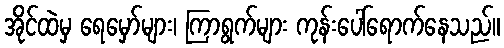
အိုင်ထဲမှ ရေမှော်များ၊ ကြာရွက်များ ကုန်းပေါ်ရောက်နေသည်။